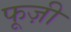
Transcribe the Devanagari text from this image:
फूज़ी